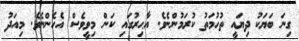
ގިނަ ބަޔަކު ދިޔައީ ތުހުމަތު ކުރަމުންނެވެ. އާޙިރުގައި ކަން މިވީވެސް އެހެންނެވެ. މިއަދު